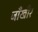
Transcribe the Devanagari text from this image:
जाँखीर